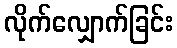
လိုက်လျှောက်ခြင်း